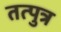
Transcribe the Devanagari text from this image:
तत्पुत्र